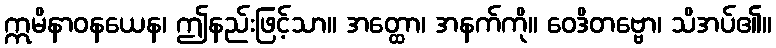
ဣမိနာဝနယေန၊ ဤနည်းဖြင့်သာ။ အတ္ထော၊ အနက်ကို။ ဝေဒိတဗ္ဗော၊ သိအပ်၏။